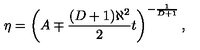
\eta = \left( A \mp \frac { ( D + 1 ) \aleph ^ { 2 } } { 2 } t \right) ^ { - \frac { 1 } { D + 1 } } ,